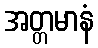
အတ္တမာနံ